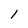
Character: l